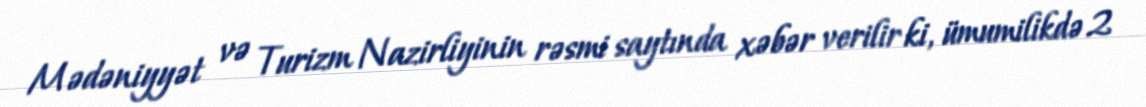
Mədəniyyət və Turizm Nazirliyinin rəsmi saytında xəbər verilir ki, ümumilikdə 2